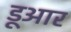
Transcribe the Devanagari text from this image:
डूआर